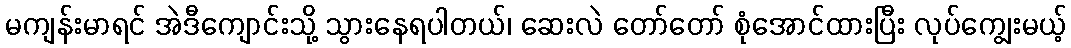
မကျန်းမာရင် အဲဒီကျောင်းသို့ သွားနေရပါတယ်၊ ဆေးလဲ တော်တော် စုံအောင်ထားပြီး လုပ်ကျွေးမယ့်